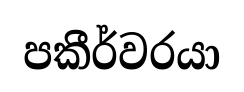
පකීර්වරයා